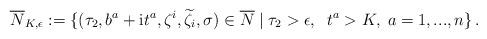
LaTeX: \begin{align*} \overline{N}_{K,\epsilon}:=\{(\tau_2,b^a+\mathrm{i}t^a,\zeta^i,\widetilde{\zeta}_i,\sigma)\in \overline{N} \; | \; \tau_2>\epsilon, \;\; t^a>K, \; a=1,...,n\}\,.\end{align*}